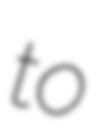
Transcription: to